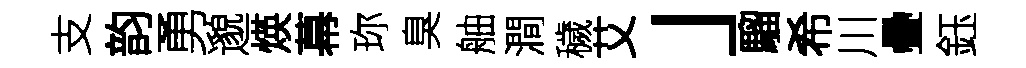
支韵勇邈煐幕珎臭舳澗穢艾」騮希川疊鈺